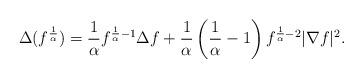
LaTeX: \begin{align*}\Delta(f^{\frac{1}{\alpha}})=\frac{1}{\alpha}f^{\frac{1}{\alpha}-1}\Delta f+\frac{1}{\alpha}\left(\frac{1}{\alpha}-1\right)f^{\frac{1}{\alpha}-2}|\nabla f|^{2}.\end{align*}